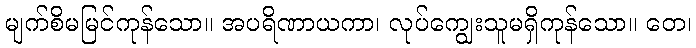
မျက်စိမမြင်ကုန်သော။ အပရိဏာယကာ၊ လုပ်ကျွေးသူမရှိကုန်သော။ တေ၊